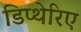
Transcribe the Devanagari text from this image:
डिप्थेरिए